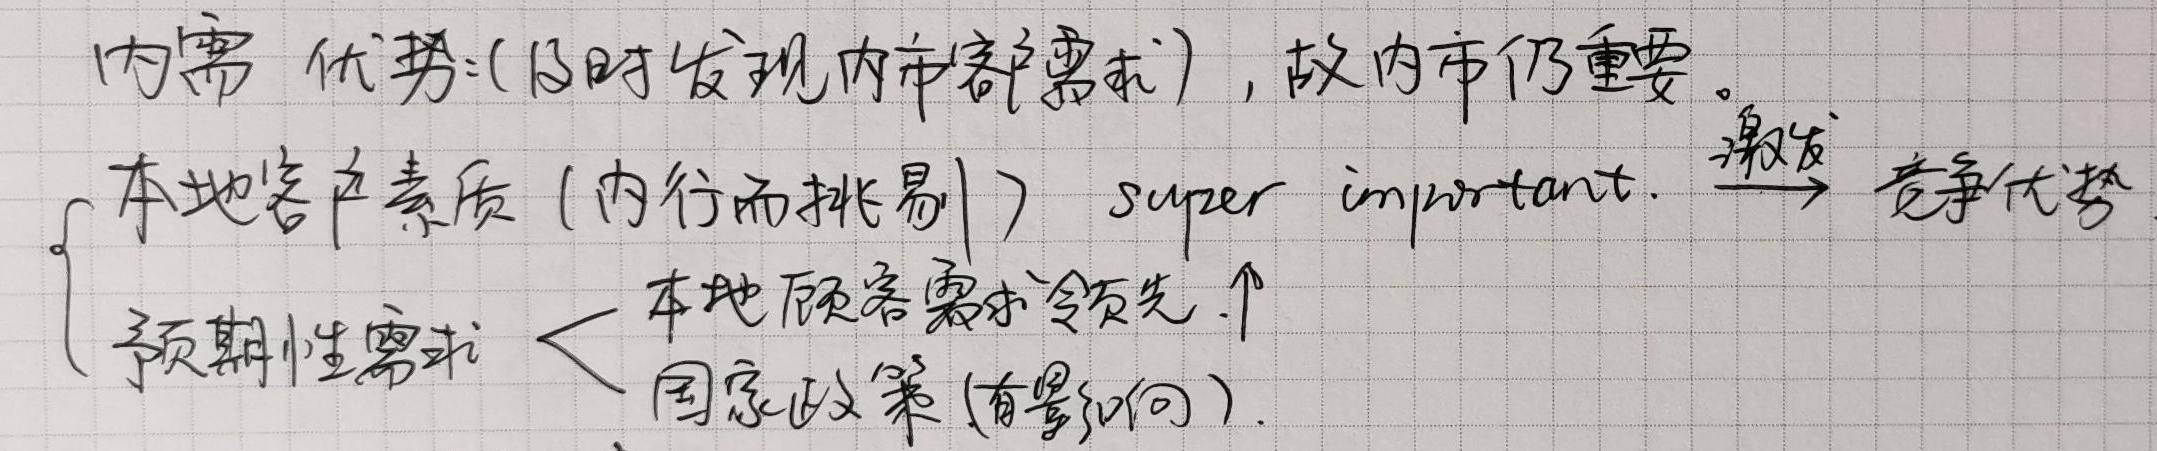
内需优势: (及时发现内市需求), 故内市仍重要。本地客户素质 (内行而挑剔) super important. 激发竞争优势
预期性需求 < 本地顾客需求领先.↑国家政策 (有影响)